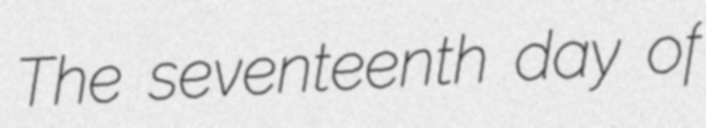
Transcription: The seventeenth day of